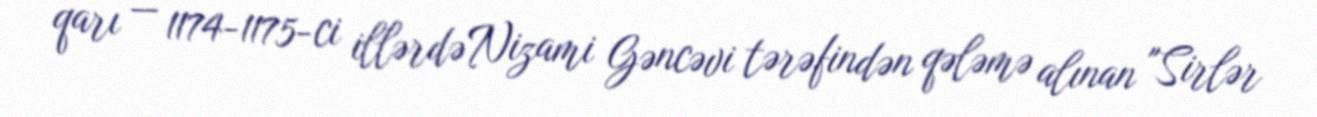
qarı — 1174-1175-ci illərdə Nizami Gəncəvi tərəfindən qələmə alınan "Sirlər